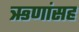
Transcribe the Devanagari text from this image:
ऋणांसह